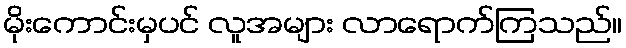
မိုးကောင်းမှပင် လူအများ လာရောက်ကြသည်။